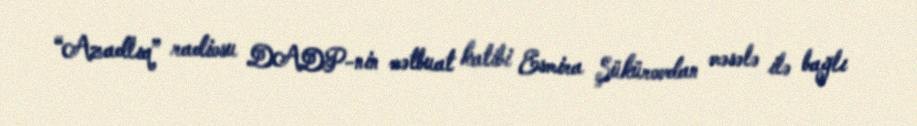
“Azadlıq” radiosu DADP-nin mətbuat katibi Esmira Şükürovdan məsələ ilə bağlı